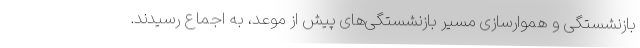
بازنشستگی و هموارسازی مسیر بازنشستگی‌های پیش از موعد، به اجماع رسیدند.